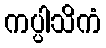
ကပ္ပါသိကံ